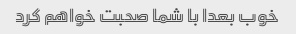
خوب بعدا با شما صحبت خواهم کرد